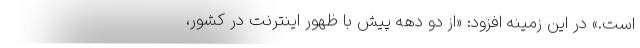
است.» در این زمینه افزود: «از دو دهه پیش با ظهور اینترنت در کشور،